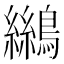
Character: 𪆓